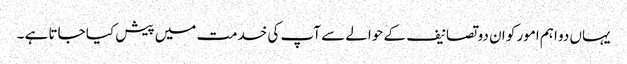
یہاں دو اہم امور کو ان دو تصانیف کے حوالے سے آپ کی خدمت میں پیش کیا جاتا ہے ۔